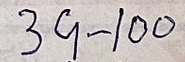
39 - 100